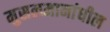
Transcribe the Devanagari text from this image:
मुसलमानांधील